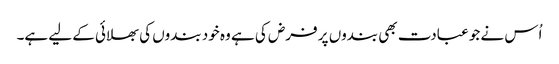
اُس نے جو عبادت بھی بندوں پر فرض کی ہے وہ خود بندوں کی بھلائی کے لیے ہے۔